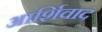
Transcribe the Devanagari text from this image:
आर्शिवाद